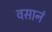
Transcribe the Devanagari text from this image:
वसानं